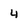
Character: 4